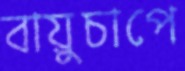
বায়ুচাপে